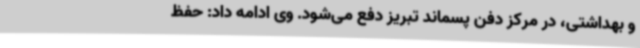
و بهداشتی، در مرکز دفن پسماند تبریز دفع می‌شود. وی ادامه داد: حفظ